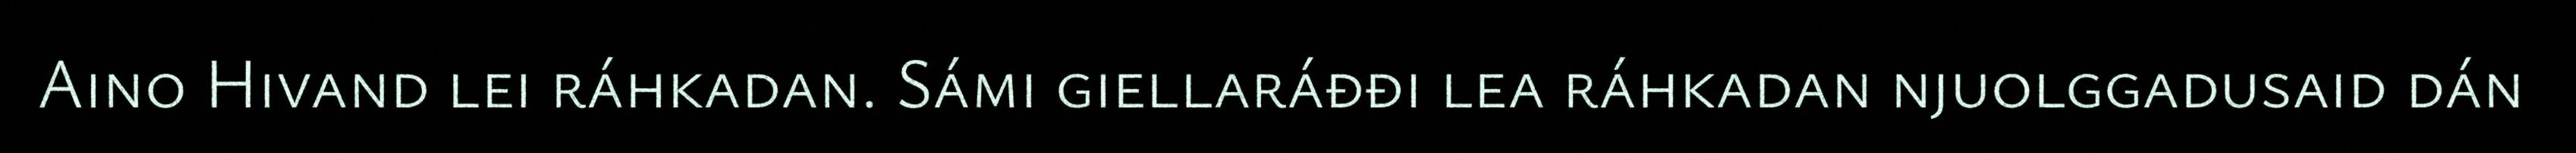
Aino Hivand lei ráhkadan. Sámi giellaráđđi lea ráhkadan njuolggadusaid dán